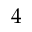
4